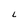
Character: L